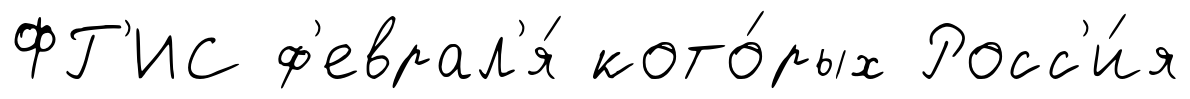
ФГ'ИС ф'еврал'я́ кото́рых Росс'и́я